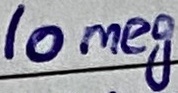
Text: 10meg